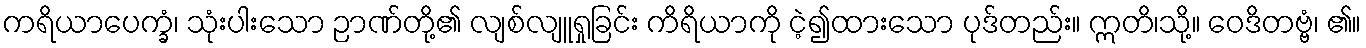
ကရိယာပေက္ခံ၊ သုံးပါးသော ဉာဏ်တို့၏ လျစ်လျူရှုခြင်း ကိရိယာကို ငဲ့၍ထားသော ပုဒ်တည်း။ ဣတိ၊သို့။ ဝေဒိတဗ္ဗံ၊ ၏။